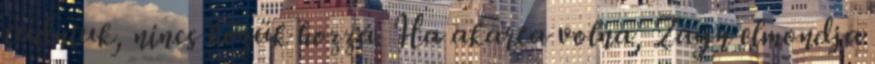
tudniuk, nincs közük hozzá. Ha akarta volna, Zayn elmondja